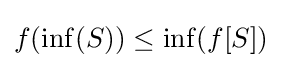
f(\inf(S))\leq \inf(f[S])